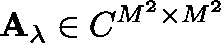
\mathbf { A _ { \lambda } } \in \mathbb { C } ^ { M ^ { 2 } \times M ^ { 2 } }